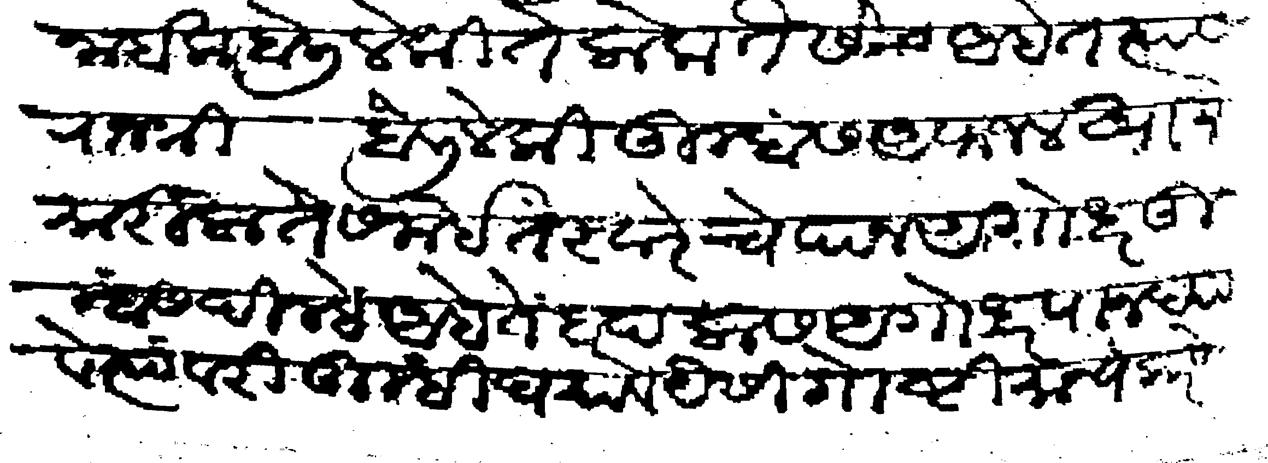
Transliteration (Devanagari): नाईक बोलिले की ते लोक तैसेच आहेत त्यास राजश्री बोलिले की तुम्हांस अफजलखान मारिला ते समई तरवारेचे पान अगोधर तुम्हांस दिल्हे आहे तें बादलास अगोधर पान द्यावे त्यांवरी तुम्हीं घ्यावे यैसी गोष्टी मान्ये करणे